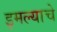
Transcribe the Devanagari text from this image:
इमल्याचे